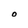
Character: O